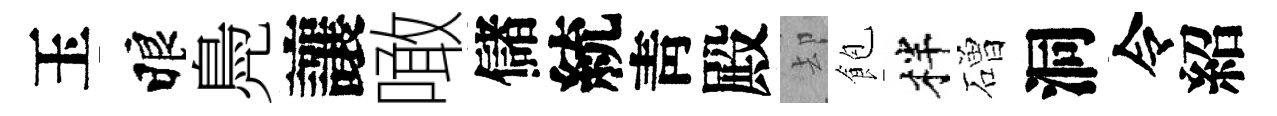
玉睱鳧讓噉儲統靑殿却飽柈磳洞令紹